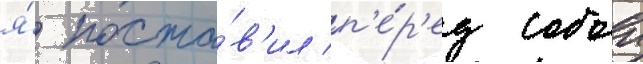
я́ поста́в'ил п'е́р'ед собои